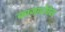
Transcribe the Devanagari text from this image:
काजादोरेस